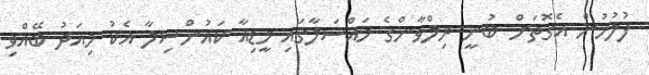
ފުލުހުން އެގޮތަށް ބުނީ ރިލްވާންގެ މައްސަލާގައި މީޑިއާ ކައުންސިލާ އެކު މިއަދު ބޭއްވި